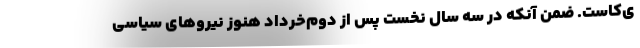
ی‌کاست. ضمن آنکه در سه سال نخست پس از دوم‌خرداد هنوز نیروهای سیاسی